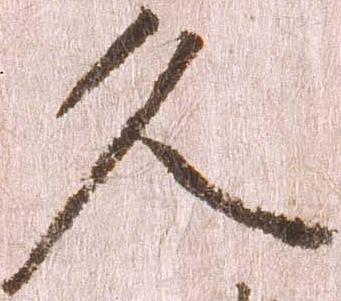
久